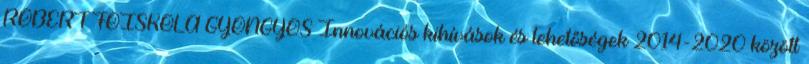
RÓBERT FŐISKOLA GYÖNGYÖS Innovációs kihívások és lehetőségek 2014-2020 között